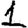
Digit: 1